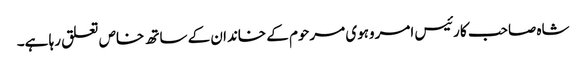
شاہ صاحب کا رئیس امروہوی مرحوم کے خاندان کے ساتھ خاص تعلق رہا ہے۔